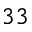
3 3